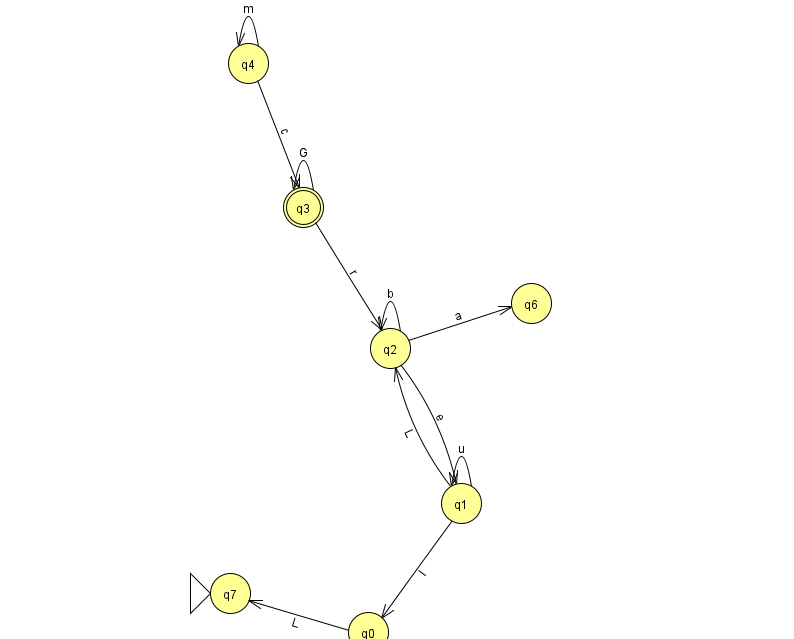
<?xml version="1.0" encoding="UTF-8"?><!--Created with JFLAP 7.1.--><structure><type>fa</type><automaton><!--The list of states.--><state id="0" name="q0"><x>368.0</x><y>619.0</y></state><state id="1" name="q1"><x>461.0</x><y>490.0</y></state><state id="2" name="q2"><x>390.0</x><y>335.0</y></state><state id="3" name="q3"><x>303.0</x><y>194.0</y><final/></state><state id="4" name="q4"><x>248.0</x><y>50.0</y></state><state id="6" name="q6"><x>531.0</x><y>290.0</y></state><state id="7" name="q7"><x>230.0</x><y>580.0</y><initial/></state><!--The list of transitions.--><transition><from>0</from><to>7</to><read>L</read></transition><transition><from>2</from><to>2</to><read>b</read></transition><transition><from>1</from><to>2</to><read>L</read></transition><transition><from>4</from><to>3</to><read>c</read></transition><transition><from>1</from><to>1</to><read>u</read></transition><transition><from>3</from><to>3</to><read>G</read></transition><transition><from>2</from><to>1</to><read>e</read></transition><transition><from>2</from><to>6</to><read>a</read></transition><transition><from>4</from><to>4</to><read>m</read></transition><transition><from>3</from><to>2</to><read>r</read></transition><transition><from>1</from><to>0</to><read>l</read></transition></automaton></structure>